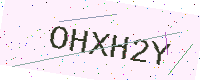
Text: OHXH2Y